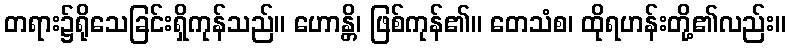
တရား၌ရိုသေခြင်းရှိကုန်သည်။ ဟောန္တိ၊ ဖြစ်ကုန်၏။ တေသံစ၊ ထိုရဟန်းတို့၏လည်း။